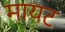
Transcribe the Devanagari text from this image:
मायट